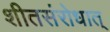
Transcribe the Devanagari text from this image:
शीतसंरोधात्